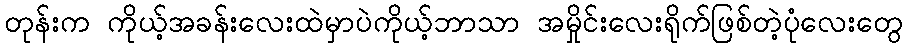
တုန်းက ကိုယ့်အခန်းလေးထဲမှာပဲကိုယ့်ဘာသာ အမှိုင်းလေးရိုက်ဖြစ်တဲ့ပုံလေးတွေ